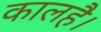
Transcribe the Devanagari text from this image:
कालहै।